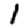
Digit: 1